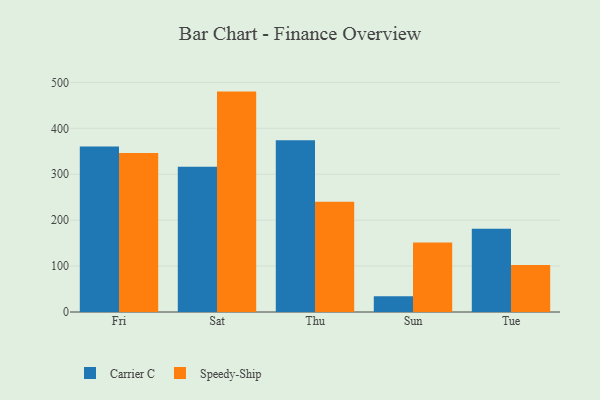
{"axis": {"x": "Day", "y": "Headcount"}, "legend": ["Carrier C", "Speedy-Ship"], "data": [{"x": "Fri", "y": 360.2, "type": "Carrier C"}, {"x": "Fri", "y": 346.0, "type": "Speedy-Ship"}, {"x": "Sat", "y": 316.5, "type": "Carrier C"}, {"x": "Sat", "y": 479.9, "type": "Speedy-Ship"}, {"x": "Thu", "y": 373.7, "type": "Carrier C"}, {"x": "Thu", "y": 240.0, "type": "Speedy-Ship"}, {"x": "Sun", "y": 34.2, "type": "Carrier C"}, {"x": "Sun", "y": 151.6, "type": "Speedy-Ship"}, {"x": "Tue", "y": 181.4, "type": "Carrier C"}, {"x": "Tue", "y": 102.4, "type": "Speedy-Ship"}]}